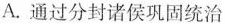
A.通过分封诸侯巩固统治